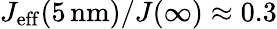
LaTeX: J_{\mathrm{eff}}(5\, \mathrm{nm})/J(\infty)\approx 0.3